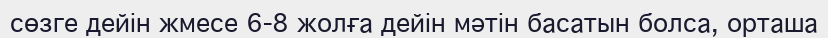
сөзге дейін жмесе 6-8 жолға дейін мәтін басатын болса, орташа